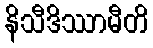
နိသီဒိဿာမီတိ